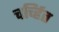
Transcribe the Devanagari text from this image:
चर्च्हित